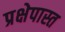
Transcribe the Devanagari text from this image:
प्रक्षेपास्त